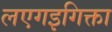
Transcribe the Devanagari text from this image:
लएगइगिक्ता